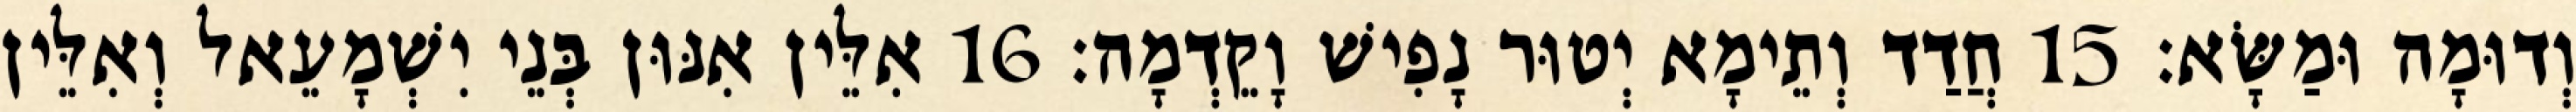
וְדוּמָה וּמַשָּׂא׃ 15 חֲדַד וְתֵימָא יְטוּר נָפִישׁ וָקֵדְמָה׃ 16 אִלֵּין אִנּוּן בְּנֵי יִשְׁמָעֵאל וְאִלֵּין